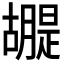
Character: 𮍂